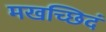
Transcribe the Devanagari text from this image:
मखच्छिदं